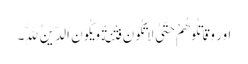
اور وَقَاتِلُوهُمْ حَتَّیٰ لَا تَکُونَ فِتْنَةٌ وَیَکُونَ الدِّینُ لِلَّهِ۔